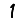
Digit: 1